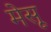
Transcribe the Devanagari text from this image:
मेसू